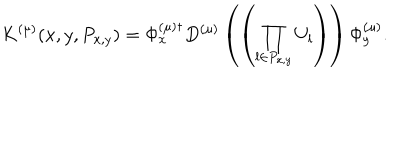
LaTeX: K ^ { ( \mu ) } ( x , y , P _ { x , y } ) = \Phi _ { x } ^ { ( \mu ) \dagger } D ^ { ( \mu ) } \left( \left( \prod _ { l \in P _ { x , y } } U _ { l } \right) \right) \Phi _ { y } ^ { ( \mu ) } .